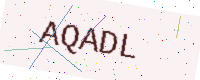
Text: AQADL